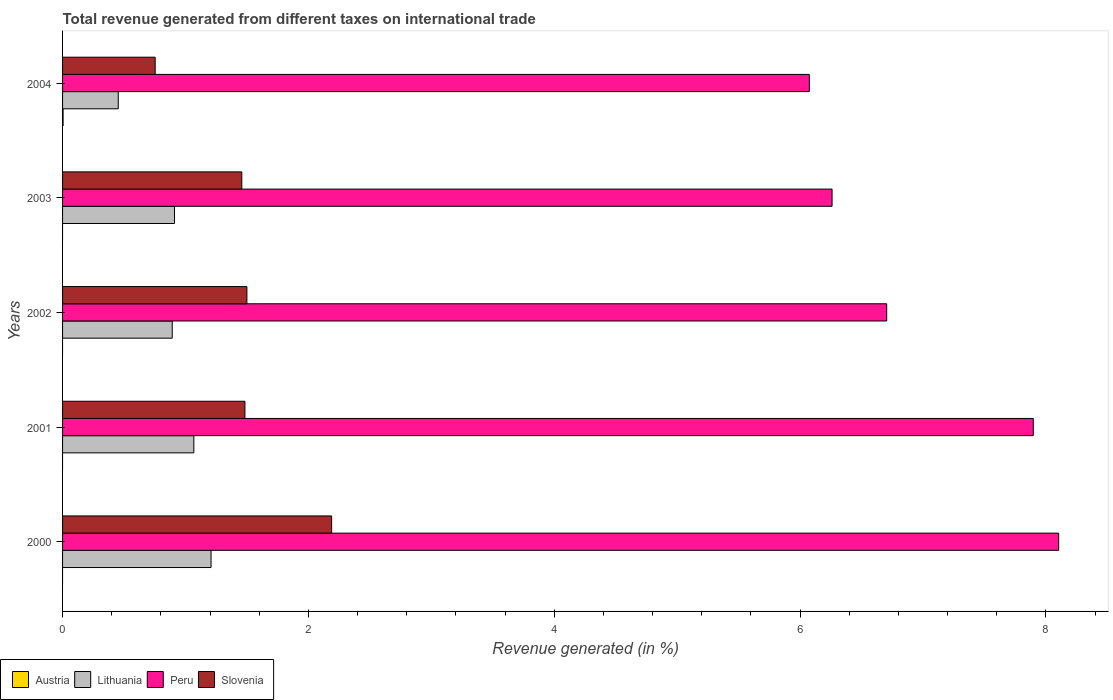
| Years | Austria | Lithuania | Peru | Slovenia |
 | --- | --- | --- | --- | --- |
 | 2000 | -0.00612 | 1.21 | 8.1 | 2.19 |
 | 2001 | -0.0069 | 1.07 | 7.9 | 1.48 |
 | 2002 | -0.0017 | 0.892 | 6.7 | 1.5 |
 | 2003 | -0.00149 | 0.91 | 6.26 | 1.46 |
 | 2004 | 0.00433 | 0.453 | 6.08 | 0.753 |